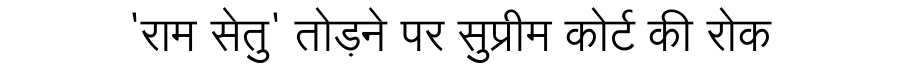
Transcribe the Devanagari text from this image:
'राम सेतु' तोड़ने पर सुप्रीम कोर्ट की रोक